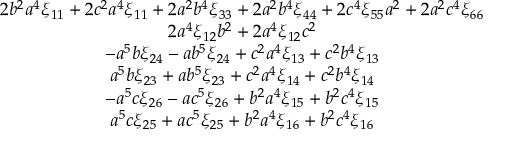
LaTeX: \begin{array} { c } { { 2 b ^ { 2 } a ^ { 4 } \xi _ { 1 1 } + 2 c ^ { 2 } a ^ { 4 } \xi _ { 1 1 } + 2 a ^ { 2 } b ^ { 4 } \xi _ { 3 3 } + 2 a ^ { 2 } b ^ { 4 } \xi _ { 4 4 } + 2 c ^ { 4 } \xi _ { 5 5 } a ^ { 2 } + 2 a ^ { 2 } c ^ { 4 } \xi _ { 6 6 } } } \\ { { 2 a ^ { 4 } \xi _ { 1 2 } b ^ { 2 } + 2 a ^ { 4 } \xi _ { 1 2 } c ^ { 2 } } } \\ { { - a ^ { 5 } b \xi _ { 2 4 } - a b ^ { 5 } \xi _ { 2 4 } + c ^ { 2 } a ^ { 4 } \xi _ { 1 3 } + c ^ { 2 } b ^ { 4 } \xi _ { 1 3 } } } \\ { { a ^ { 5 } b \xi _ { 2 3 } + a b ^ { 5 } \xi _ { 2 3 } + c ^ { 2 } a ^ { 4 } \xi _ { 1 4 } + c ^ { 2 } b ^ { 4 } \xi _ { 1 4 } } } \\ { { - a ^ { 5 } c \xi _ { 2 6 } - a c ^ { 5 } \xi _ { 2 6 } + b ^ { 2 } a ^ { 4 } \xi _ { 1 5 } + b ^ { 2 } c ^ { 4 } \xi _ { 1 5 } } } \\ { { a ^ { 5 } c \xi _ { 2 5 } + a c ^ { 5 } \xi _ { 2 5 } + b ^ { 2 } a ^ { 4 } \xi _ { 1 6 } + b ^ { 2 } c ^ { 4 } \xi _ { 1 6 } } } \end{array}